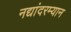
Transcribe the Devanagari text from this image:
नद्यांदरम्यान